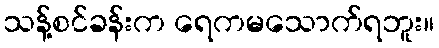
သန့်စင်ခန်းက ရေကမသောက်ရဘူး။